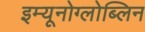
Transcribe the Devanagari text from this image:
इम्यूनोग्लोब्लिन